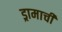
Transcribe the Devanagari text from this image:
ड्रामाची